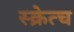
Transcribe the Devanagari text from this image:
स्क्रेत्च